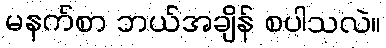
မနက်စာ ဘယ်အချိန် စပါသလဲ။